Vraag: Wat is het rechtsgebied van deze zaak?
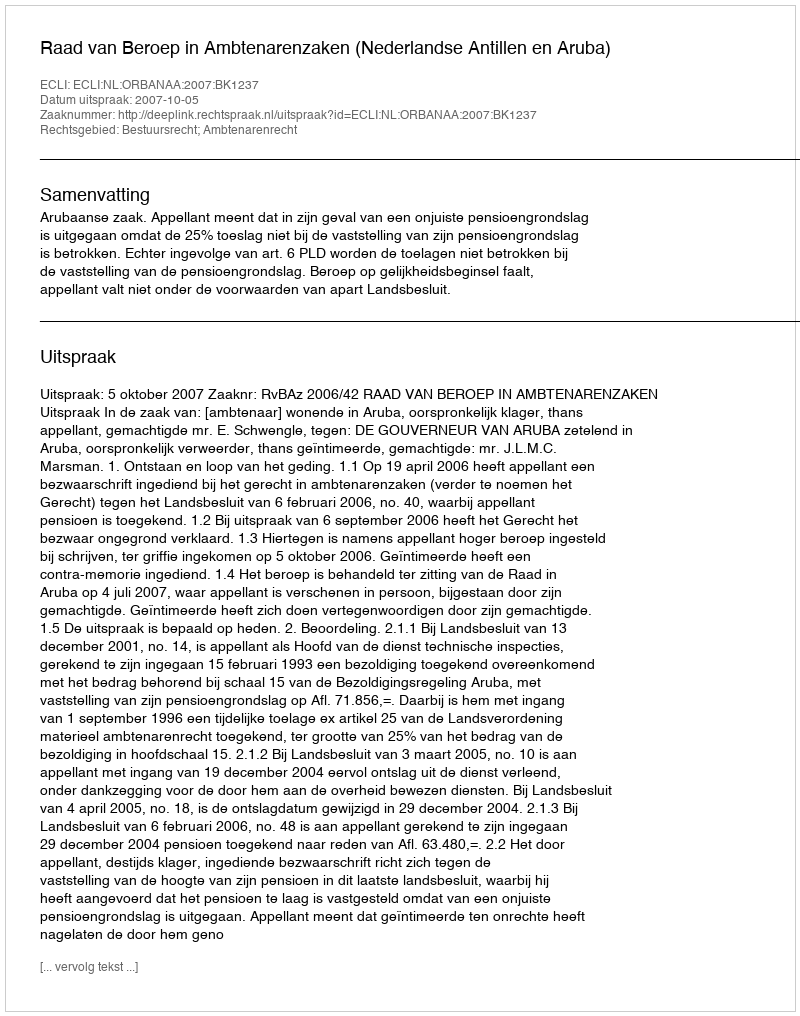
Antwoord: Bestuursrecht; Ambtenarenrecht